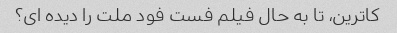
کاترین، تا به حال فیلم فست فود ملت را دیده ای؟